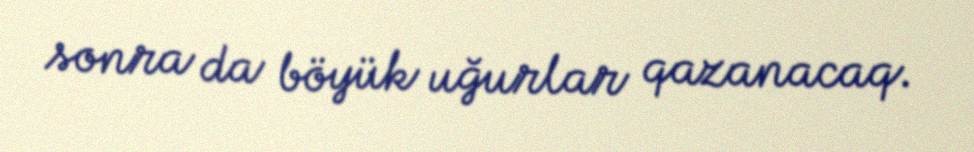
sonra da böyük uğurlar qazanacaq.